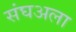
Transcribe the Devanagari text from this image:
संघअला